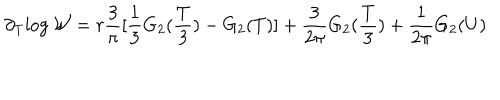
\partial _ { T } { \log \cal W } = r \frac { 3 } { \pi } [ \frac { 1 } { 3 } G _ { 2 } ( \frac { T } { 3 } ) - G _ { 2 } ( T ) ] + \frac { 3 } { 2 \pi } G _ { 2 } ( \frac { T } { 3 } ) + \frac { 1 } { 2 \pi } G _ { 2 } ( U )